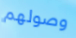
وصولهم